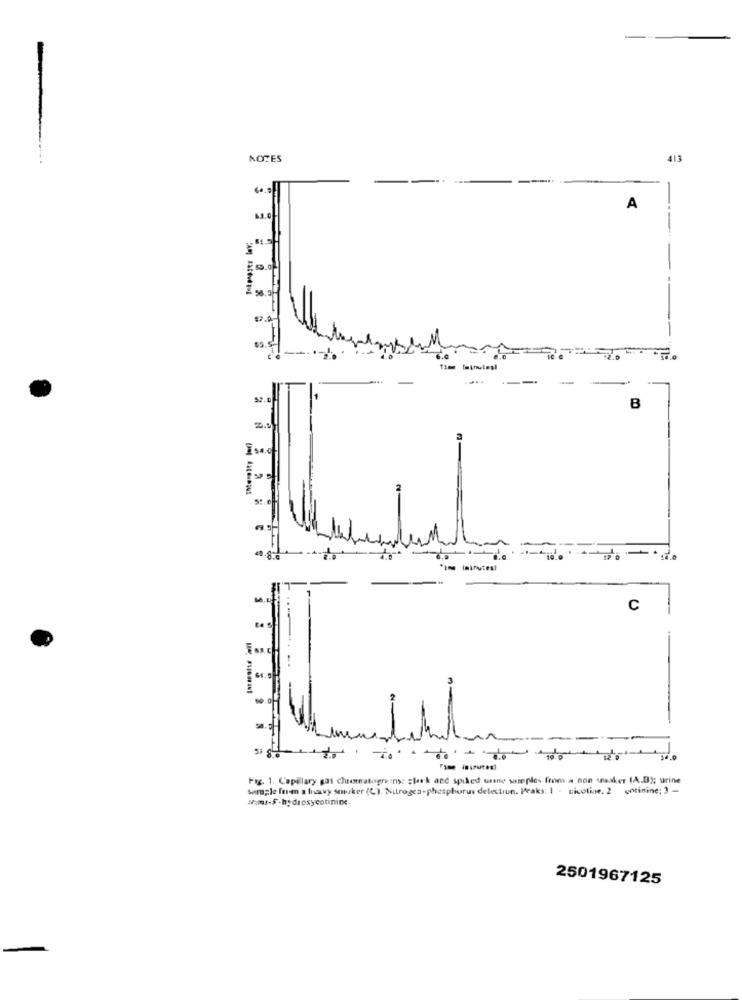
NOTES
413
A
--
52.
B
"im intrutes!
C
-
--
--------
Fig. 1. Capillary gas chromatograins: clerk and spiked urine samples from a non saker (A.D); urine
sample foie a lavy saker (C). Nitrogen-phosphorus detection. Peaks: 1 - nicotine. 2 untinine; ) -
2501967125